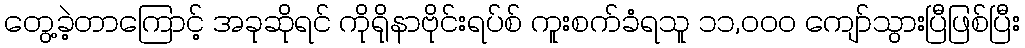
တွေ့ခဲ့တာကြောင့် အခုဆိုရင် ကိုရိုနာဗိုင်းရပ်စ် ကူးစက်ခံရသူ ၁၁,၀၀၀ ကျော်သွားပြီဖြစ်ပြီး